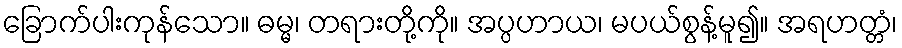
ခြောက်ပါးကုန်သော။ ဓမ္မ၊ တရားတို့ကို။ အပ္ပဟာယ၊ မပယ်စွန့်မူ၍။ အရဟတ္တံ၊